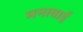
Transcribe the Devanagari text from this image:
मनाबाई